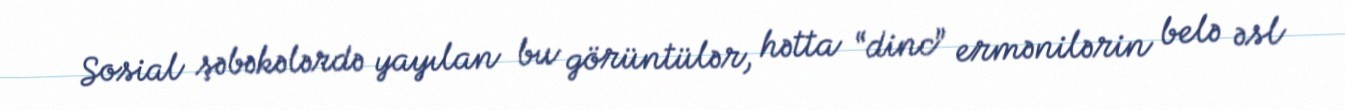
Sosial şəbəkələrdə yayılan bu görüntülər, hətta “dinc” ermənilərin belə əsl